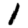
Digit: 1